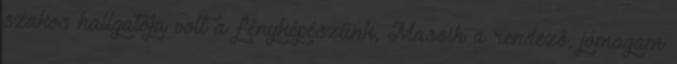
szakos hallgatója volt a fényképészünk, Massih a rendező, jómagam